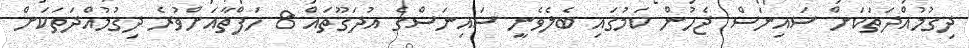
ދިގުމުއްދަތަކަށް ސައިނަސް ޖެހުން ކަމުގައި ބެލެވެނީ ސައިނަސްގެ އުދަގޫތައް 8 ހަފްތާއަށްވުރެ ދިގުމުއްދަތަކަށް